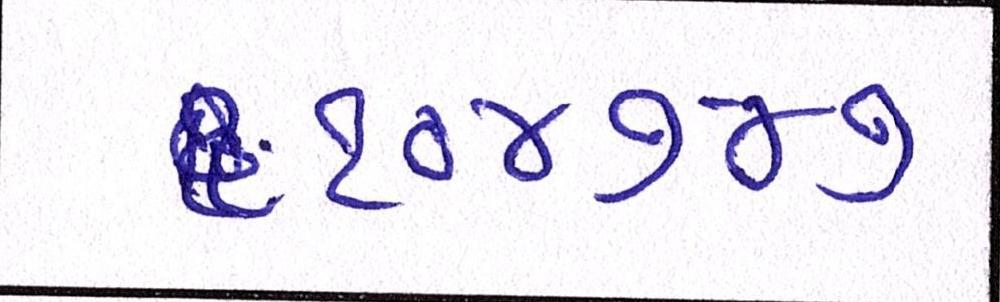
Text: ૧૦૪૭૪૭